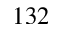
1 3 2